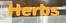
herbs